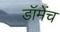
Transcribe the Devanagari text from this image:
डॉमेंच